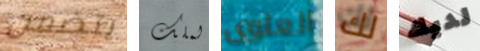
يتضمن لملك العلوى لك لديك